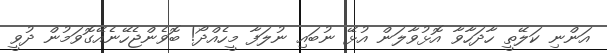
އަންނި ކަލޭތީ ހާދަހާވާ އޮޅުވާލަން އުޅޭ ނުބައި ނުލަފާ މީހެއްދޯ! ބޮވެންޖެހޭނެއޭގޮވަމުން ދުވީ